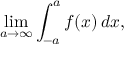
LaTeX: \operatorname* { l i m } _ { a \to \infty } \int _ { - a } ^ { a } f ( x ) \, d x ,